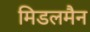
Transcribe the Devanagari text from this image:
मिडलमैन